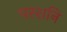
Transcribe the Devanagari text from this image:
परशनि